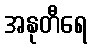
အနုတီရေ